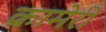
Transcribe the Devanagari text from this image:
क्रामेरी